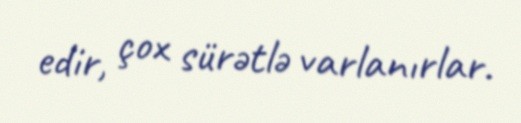
edir, çox sürətlə varlanırlar.